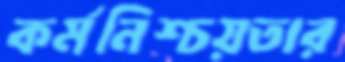
কর্মনিশ্চয়তার